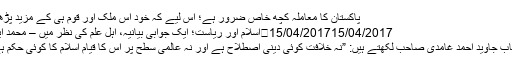
پاکستان کا معاملہ کچھ خاص ضرور ہے؛ اس لیے کہ خود اِس ملک اور قوم ہی کے مزید پڑھیں
15/04/201715/04/2017	اسلام اور ریاست؛ ایک جوابی بیانیہ، اہل علم کی نظر میں – محمد ایاز
جناب جاوید احمد غامدی صاحب لکھتے ہیں: ”نہ خلافت کوئی دینی اصطلاح ہے اور نہ عالمی سطح پر اس کا قیام اسلام کا کوئی حکم ہے۔